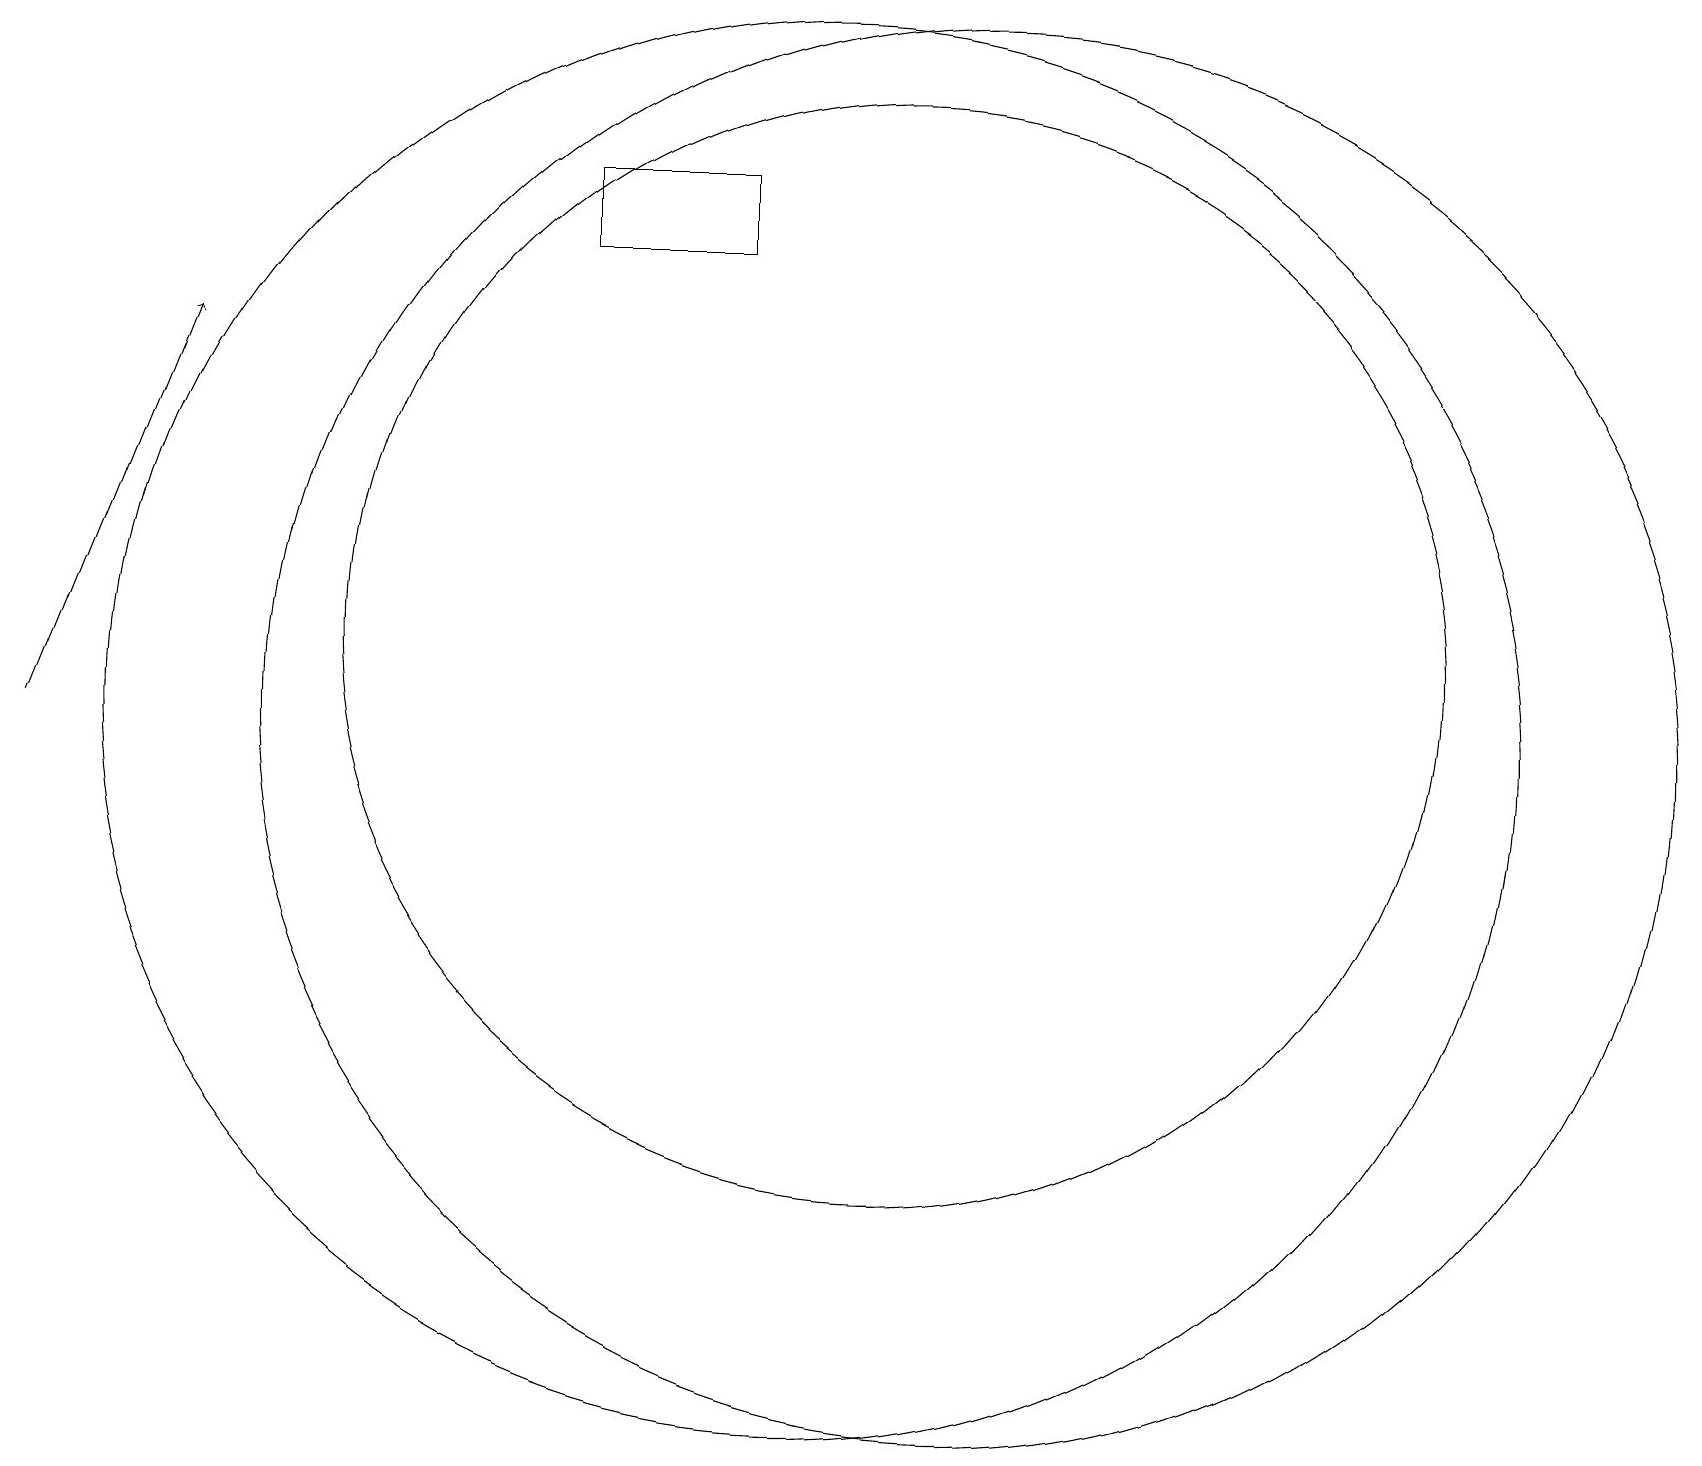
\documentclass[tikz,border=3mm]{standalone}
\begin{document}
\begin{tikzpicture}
\draw (11,11) circle (7);
\draw (10,10) circle (9);
\draw[->] (0,10) -- (2,15);
\draw (7,17) rectangle (9,16);
\draw (12,10) circle (9);
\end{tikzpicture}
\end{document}